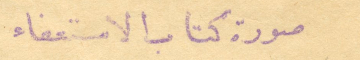
صورة كتاب الاستعفاء